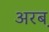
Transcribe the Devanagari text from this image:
अरब़